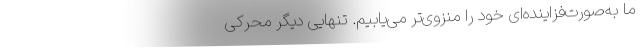
ما به‌صورت‌فزاینده‌ای خود را منزوی‌تر می‌یابیم. تنهایی دیگر محرکی